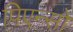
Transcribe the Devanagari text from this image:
पिएन्सो